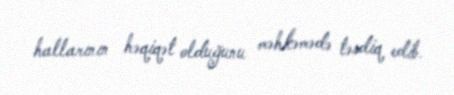
hallarının həqiqət olduğunu məhkəmədə təsdiq edib.